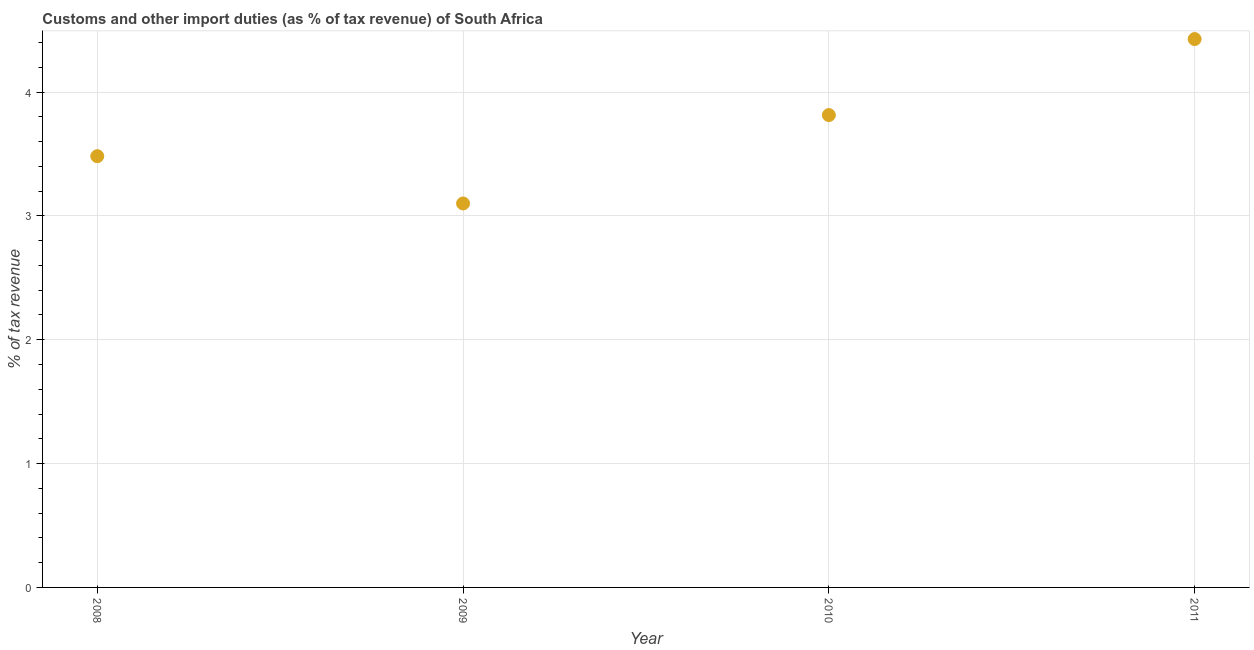
| Year | Customs and other import duties |
 | --- | --- |
 | 2008 | 3.48 |
 | 2009 | 3.1 |
 | 2010 | 3.81 |
 | 2011 | 4.43 |